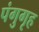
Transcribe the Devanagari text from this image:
पंगुगृह